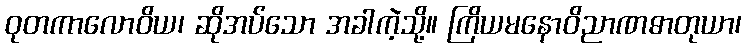
ဝုတကာလောဝိယ၊ ဆိုအပ်သော အခါကဲ့သို့။ ကြိယမနောဝိညာဏဓာတုယာ၊